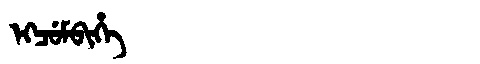
Manchu: ᡝᡴᠴᡠᠮᠪᡳᡥᡝ
Romanization: EKCUMBIHE